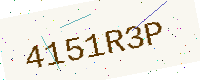
Text: 4151R3P